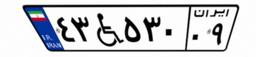
۳۸W۲۲۳۱۲